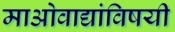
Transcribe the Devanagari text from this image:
माओवाद्यांविषयी